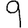
Digit: 9